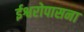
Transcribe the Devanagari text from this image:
ईश्वरोपासना